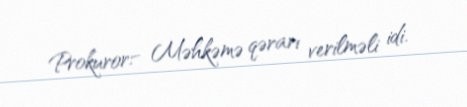
Prokuror:- Məhkəmə qərarı verilməli idi.